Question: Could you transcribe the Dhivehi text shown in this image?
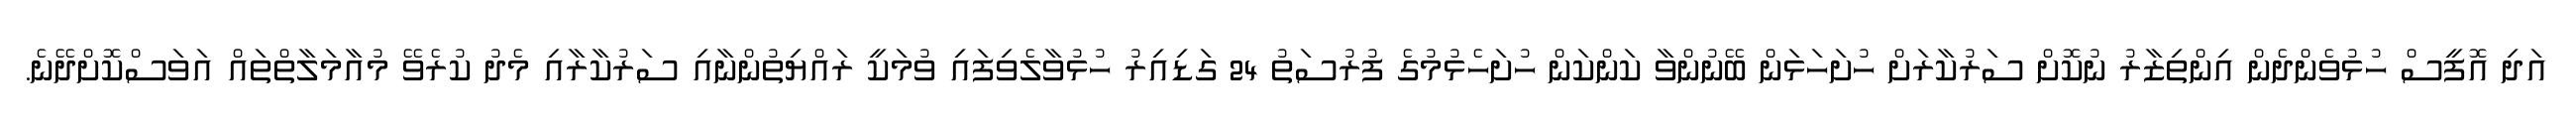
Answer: އަދި އޮފީސް ހުޅުވެންދެން އިންތިޒާރު ނުކޮށް ސަރުކާރަށް ހުށަހަޅަން ބޭނުންވާ ކަންކަން ހުށަހެޅުމުގެ ފުރުސަތު 24 ގަޑިއިރު ހުޅުވާލެވިފައި ވުމަކީ ރައްޔިތުންނާއި ސަރުކާރާއި މެދު ކުރެވޭ މުއާމަލާތްތައް އަވަސްކޮށްދޭނެ.